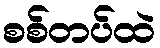
စစ်တပ်ထဲ